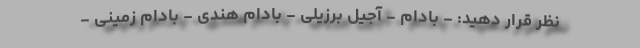
نظر قرار دهید: - بادام - آجیل برزیلی - بادام هندی - بادام زمینی -